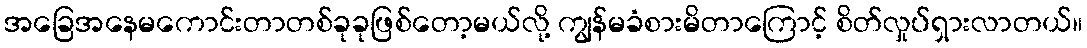
အခြေအနေမကောင်းတာတစ်ခုခုဖြစ်တော့မယ်လို့ ကျွန်မခံစားမိတာကြောင့် စိတ်လှုပ်ရှားလာတယ်။